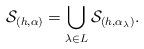
LaTeX: \begin{align*}{\mathcal{S}}_{(h,\alpha)}=\bigcup_{\lambda\in L} {\mathcal{S}}_{(h,\alpha_\lambda)}.\end{align*}